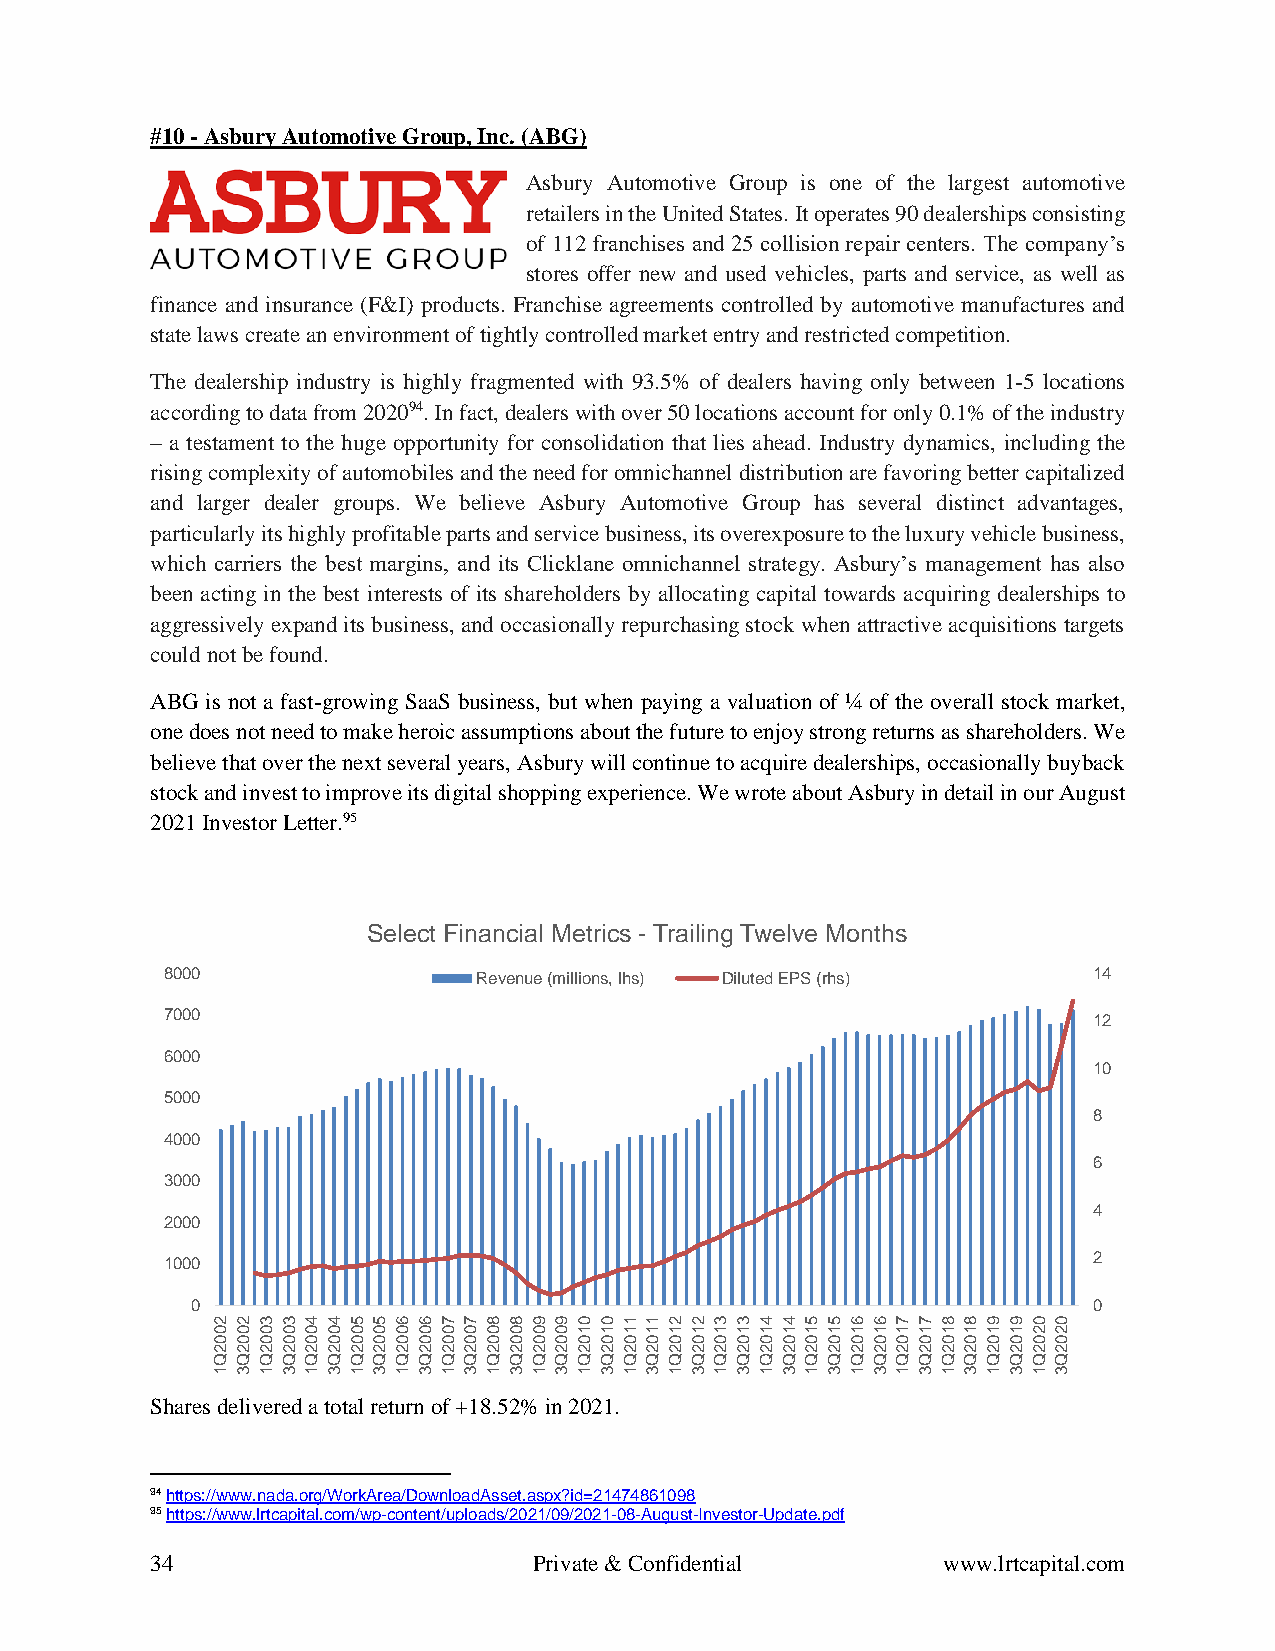
#10 - Asbury Automotive Group, Inc. (ABG)
 Asbury Automotive Group is one of the largest automotive
 retailers in the United States. It operates 90 dealerships consisting
 of 112 franchises and 25 collision repair centers. The company’s
 stores offer new and used vehicles, parts and service, as well as
 finance and insurance (F&I) products. Franchise agreements controlled by automotive manufactures and
 state laws create an environment of tightly controlled market entry and restricted competition.
 The dealership industry is highly fragmented with 93.5% of dealers having only between 1-5 locations
 according to data from 202094. In fact, dealers with over 50 locations account for only 0.1% of the industry
 – a testament to the huge opportunity for consolidation that lies ahead. Industry dynamics, including the
 rising complexity of automobiles and the need for omnichannel distribution are favoring better capitalized
 and larger dealer groups. We believe Asbury Automotive Group has several distinct advantages,
 particularly its highly profitable parts and service business, its overexposure to the luxury vehicle business,
 which carriers the best margins, and its Clicklane omnichannel strategy. Asbury’s management has also
 been acting in the best interests of its shareholders by allocating capital towards acquiring dealerships to
 aggressively expand its business, and occasionally repurchasing stock when attractive acquisitions targets
 could not be found.
 ABG is not a fast-growing SaaS business, but when paying a valuation of ¼ of the overall stock market,
 one does not need to make heroic assumptions about the future to enjoy strong returns as shareholders. We
 believe that over the next several years, Asbury will continue to acquire dealerships, occasionally buyback
 stock and invest to improve its digital shopping experience. We wrote about Asbury in detail in our August
 2021 Investor Letter.95
 Select Financial Metrics - Trailing Twelve Months
 8000                 Revenue (millions, lhs) Diluted EPS (rhs) 14
 7000                                                         12
 6000
 10
 5000
 8
 4000
 6
 3000
 4
 2000
 1000                                                         2
 0                                                          0
 22334455667788990011223344556677889900
 00000000000000001111111111111111111122
 00000000000000000000000000000000000000
 22222222222222222222222222222222222222
 QQQQQQQQQQQQQQQQQQQQQQQQQQQQQQQQQQQQQQ
 13131313131313131313131313131313131313
 Shares delivered a total return of +18.52% in 2021.
 94 https://www.nada.org/WorkArea/DownloadAsset.aspx?id=21474861098
 95 https://www.lrtcapital.com/wp-content/uploads/2021/09/2021-08-August-Investor-Update.pdf
 34                       Private & Confidential     www.lrtcapital.com